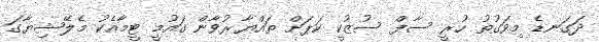
ދަގަނޑެ މިވަގުތު ހުރީ ސާފް ސުޒުކީ ކަޕަށް ތައްޔާރުވާން ގައުމީ ޓީމާއެކު މެލޭޝިޔާގަ